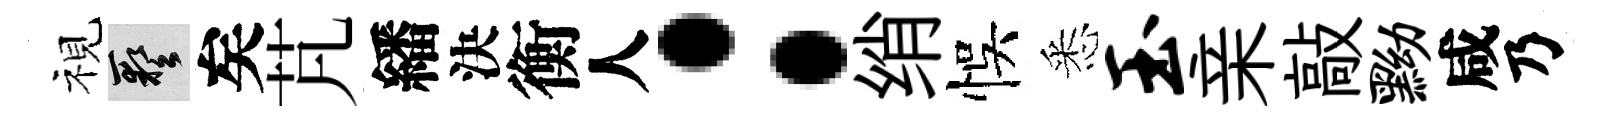
視藝矣芃繙決衡人：绡悞悉玉亲敲黝咸乃